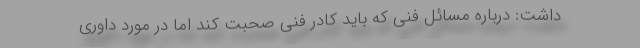
داشت: درباره مسائل فنی که باید کادر فنی صحبت کند اما در مورد داوری